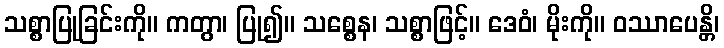
သစ္စာပြုခြင်းကို။ ကတွာ၊ ပြု၍။ သစ္စေန၊ သစ္စာဖြင့်။ ဒေဝံ၊ မိုးကို။ ဝဿာပေန္တိ၊